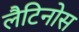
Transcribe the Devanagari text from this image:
लैटिनोस